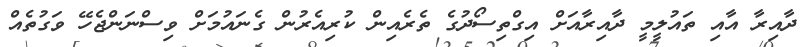
ދާއިރާ އާއި ތައުލީމީ ދާއިރާއަށް އިގްތިސޯދުގެ ތެރެއިން ކުރިއެރުން ގެނައުމަށް ވިސްނަންޖެހޭ ވަގުތެއް